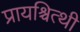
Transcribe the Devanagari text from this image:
प्रायश्चित्थी